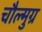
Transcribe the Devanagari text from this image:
चौल्मुग्र